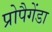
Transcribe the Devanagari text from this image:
प्रोपैगेंडा